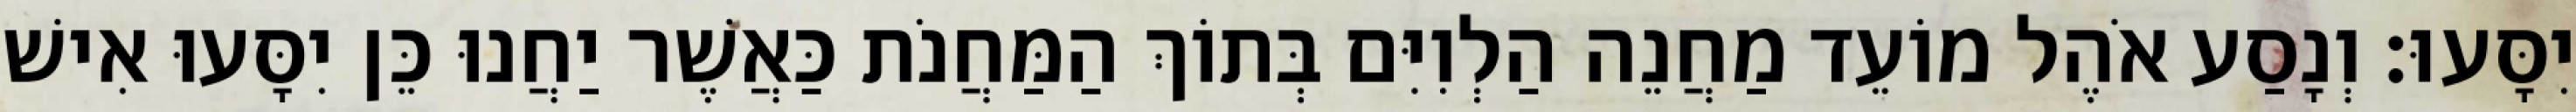
יִסָּעוּ׃ וְנָסַע אֹהֶל מוֹעֵד מַחֲנֵה הַלְוִיִּם בְּתוֹךְ הַמַּחֲנֹת כַּאֲשֶׁר יַחֲנוּ כֵּן יִסָּעוּ אִישׁ